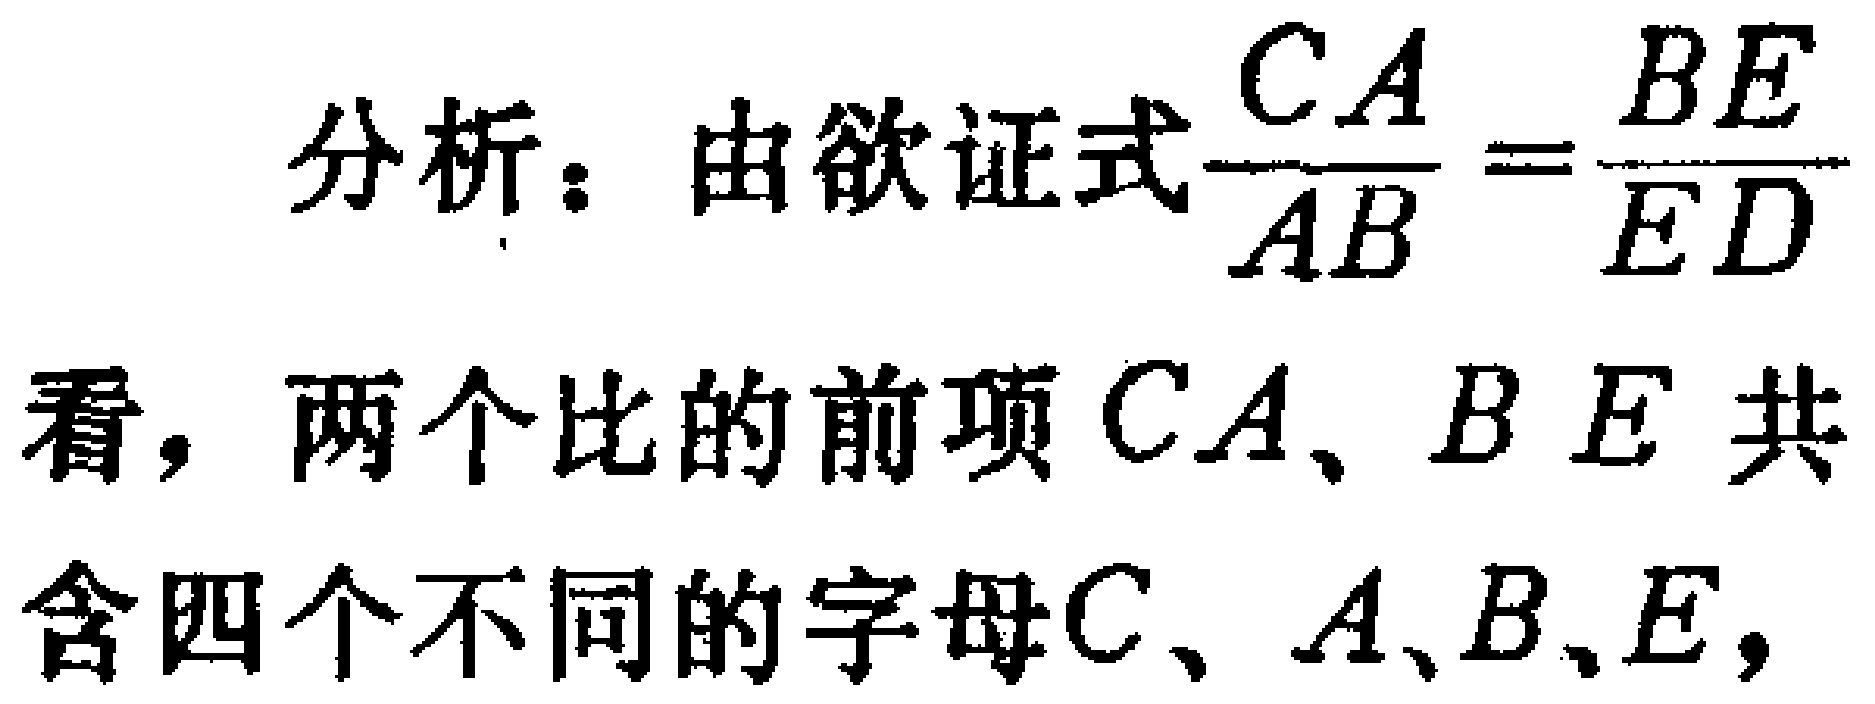
分析：由欲证式$\frac{CA}{AB}=\frac{BE}{ED}$看，两个比的前项$CA、BE$共含四个不同的字母$C、A、B、E$，